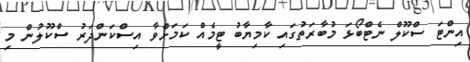
އިންޓަ ސްކޫލް ނެޓްބޯޅަ މުބާރަތުގައި ކާމިޔާބު ޓީމެއް ކަމަށްވާ އިސްކަންދަރު ސްކޫލުން މި